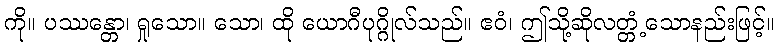
ကို။ ပဿန္တော၊ ရှုသော။ သော၊ ထို ယောဂီပုဂ္ဂိုလ်သည်။ ဧဝံ၊ ဤသို့ဆိုလတ္တံ့သောနည်းဖြင့်။